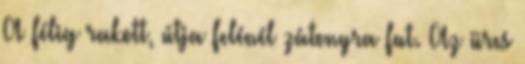
A félig rakott, útja felénél zátonyra fut. Az üres